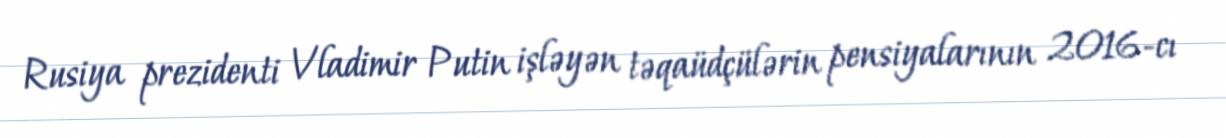
Rusiya prezidenti Vladimir Putin işləyən təqaüdçülərin pensiyalarının 2016-cı